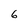
Character: 6